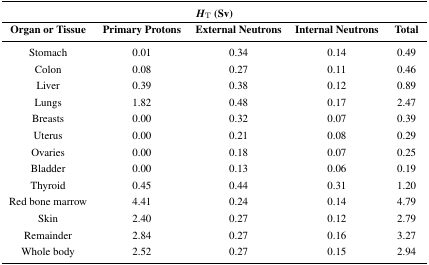
<table><thead><tr><td colspan="5"><b><i>H<sub>T</sub></i> (Sv)</b></td></tr><tr><td><b>Organ or Tissue</b></td><td><b>Primary Protons</b></td><td><b>External Neutrons</b></td><td><b>Internal Neutrons</b></td><td><b>Total</b></td></tr></thead><tbody><tr><td>Stomach</td><td>0.01</td><td>0.34</td><td>0.14</td><td>0.49</td></tr><tr><td>Colon</td><td>0.08</td><td>0.27</td><td>0.11</td><td>0.46</td></tr><tr><td>Liver</td><td>0.39</td><td>0.38</td><td>0.12</td><td>0.89</td></tr><tr><td>Lungs</td><td>1.82</td><td>0.48</td><td>0.17</td><td>2.47</td></tr><tr><td>Breasts</td><td>0.00</td><td>0.32</td><td>0.07</td><td>0.39</td></tr><tr><td>Uterus</td><td>0.00</td><td>0.21</td><td>0.08</td><td>0.29</td></tr><tr><td>Ovaries</td><td>0.00</td><td>0.18</td><td>0.07</td><td>0.25</td></tr><tr><td>Bladder</td><td>0.00</td><td>0.13</td><td>0.06</td><td>0.19</td></tr><tr><td>Thyroid</td><td>0.45</td><td>0.44</td><td>0.31</td><td>1.20</td></tr><tr><td>Red bone marrow</td><td>4.41</td><td>0.24</td><td>0.14</td><td>4.79</td></tr><tr><td>Skin</td><td>2.40</td><td>0.27</td><td>0.12</td><td>2.79</td></tr><tr><td>Remainder</td><td>2.84</td><td>0.27</td><td>0.16</td><td>3.27</td></tr><tr><td>Whole body</td><td>2.52</td><td>0.27</td><td>0.15</td><td>2.94</td></tr></tbody></table>